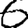
Digit: 6